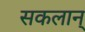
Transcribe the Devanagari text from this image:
सकलान्